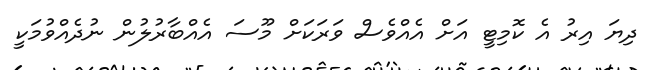
ދިޔަ އިރު އެ ކޮމިޓީ އަށް އެއްވެސް ވަރަކަށް މޫސަ އެއްބާރުލުން ނުދެއްވުމަކީ